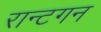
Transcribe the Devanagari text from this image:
रान्टगन